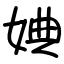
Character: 婰